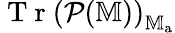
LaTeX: \mathrm{~T~r~}\left(\mathcal{P}(\mathbb{M})\right)_{\mathbb{M}_{\mathrm{a}}}